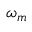
\omega _ { m }